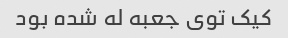
کیک توی جعبه له شده بود